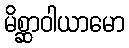
မိစ္ဆာဝါယာမော